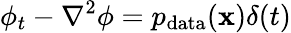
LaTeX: \phi_{t}-\nabla^{2}\phi=p_{\mathrm{data}}(\mathbf{x})\delta(t)